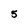
Character: 5